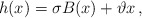
\begin{align*} h(x)= \sigma B(x) +\vartheta x \,, \end{align*}